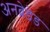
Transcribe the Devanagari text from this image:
अनब्रेडेड